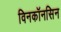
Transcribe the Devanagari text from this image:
विनकॉनसिन